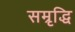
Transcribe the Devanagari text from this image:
सम्रृद्धि